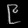
Digit: ၉